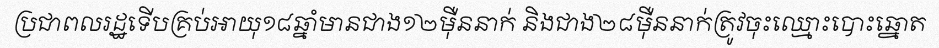
ប្រជាពលរដ្ឋទើបគ្រប់អាយុ១៨ឆ្នាំមានជាង១២ម៉ឺននាក់ និងជាង២៨ម៉ឺននាក់ត្រូវចុះឈ្មោះបោះឆ្នោត